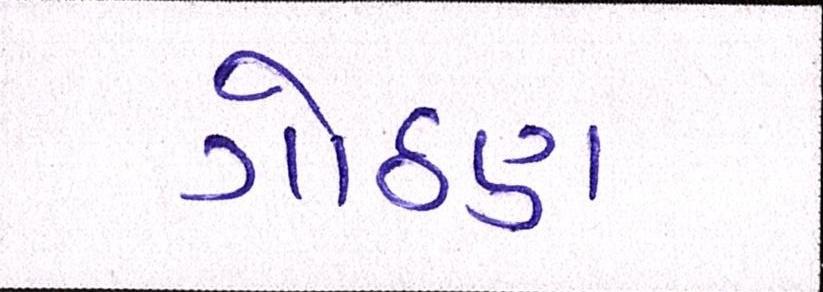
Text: ગોઠણ